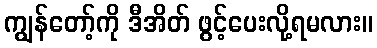
ကျွန်တော့်ကို ဒီအိတ် ဖွင့်ပေးလို့ရမလား။